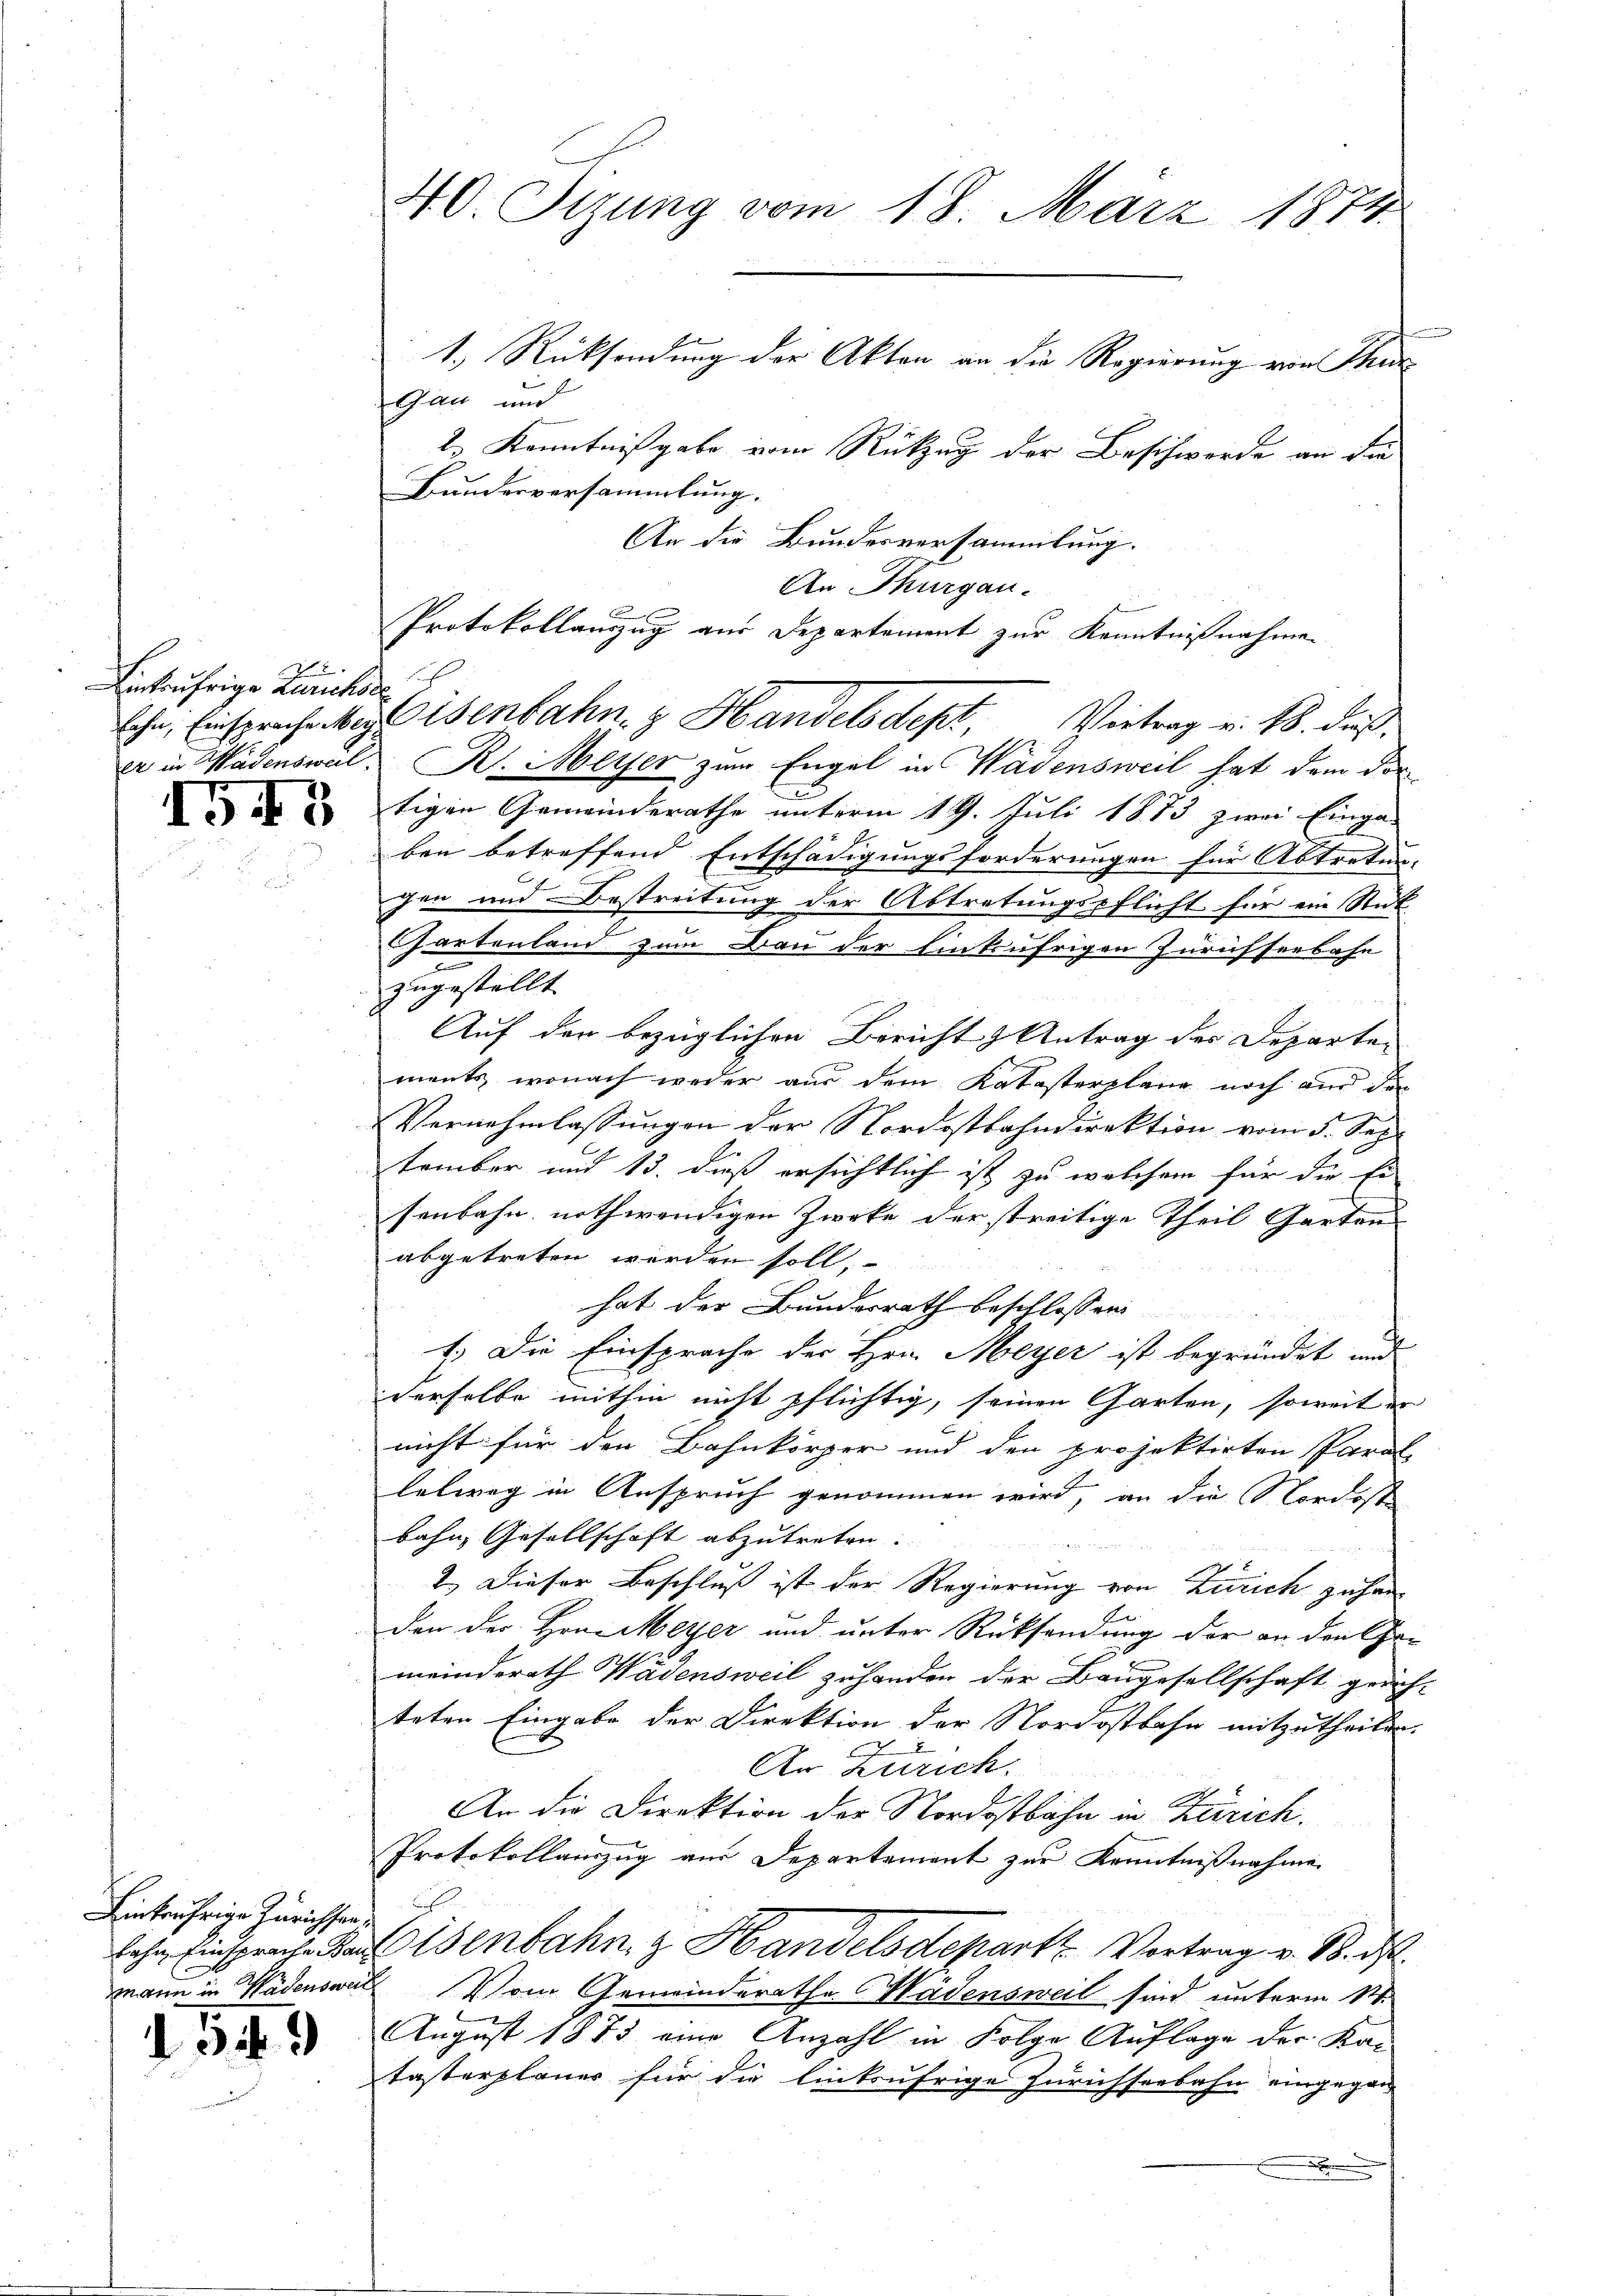
Einbrufrige Zürichsa

4543

Binkrährige Zürichtsen

3

)

Gau und
2.) Kenntnißgabe vom Rückzug der Beschwerde an die
Bundesversammlung.
An die Bundesversammlung.
er in Wädensweil. B. Meier zum Engel in Wädensweil hat dem dor
tigen Gemeinderathe unterm 19. Juli 1873 zwei Einga-
ben betreffend Entschädigungsforderungen für Abtreten
gen und Bestreitung der Abtretungspflicht für ein Rük
Gartenland zum Bau der Einkufrigen Zürichseebahn
zugestellt
Auf der bezüglichen Bericht & Antrag des Departen
ments, wonach weder aus dem Katasterplane noch nur de
Vernehmlassungen der Nordostbahndirektion vom 5. Sep.
tember und 13. dieß ersichtlich ist zu welchem für die Ei
senbahn nothwendigen Zweke der streitige Theil Garten
abgetreten werden soll,
hat der Bundesrath beschlossen
1.) Die Einsprache der Hrn. Meyer ist begründet und
derselbe mithin nicht pflichtig, seinen Garten, soweit er
nicht für den Bahnkörper und den projektirten Paral
letweg in Anspruch genommen wird, an die Nordost
bahn, Gesellschaft abzutreten.
2.) Dieser Beschluß ist der Regierung von Zürich zuhan
den der Hrn. Meyer und unter Rücksendung der an den Cha-
meinderath Wädensweil zu handen der Baugesellschaft grün
teten Eingabe der Direktion der Nordostbahn mitzutheilen
An Zürich.
An die Direktion der Nordostbahn in Zürich.
Protokollauszug aus Departement zur Kenntnißnahme
Lohn Einsprache Kauf Eisenbahn, z. Handelsdepart Vortrag v. 18. d.
mann in Wädensweil Vom Gemeinderathe Wädensweil sind unterm 11.
August 1873 eine Anzahl in Folge Auflage der Ka-
tasterplaner für die linksufrige Zürichseebahn eingegen
.

40 Tizung vom 18. März 1874
1.) Rücksendung der Akten an die Regierung von Thur

An Thurgau.
x
Protokollanzug aus Departement zur Kenntnißnahmen
lohn, Einsprache begeisenbahn, z. Handelsdept, Vertrag v. 18. dieß